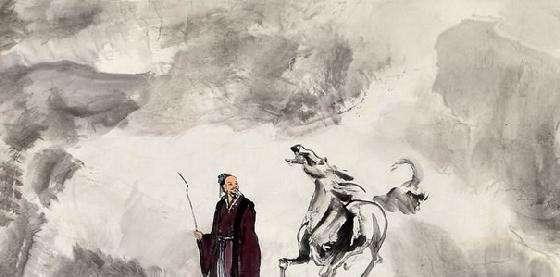
举目山河异，偏伤周顗情。